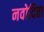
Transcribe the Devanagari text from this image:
नवोदिता